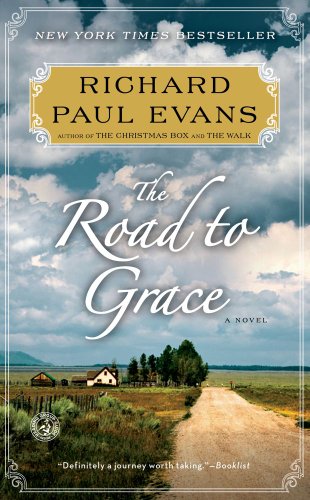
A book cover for The Road to Grace (The Walk); Richard Paul Evans; Romance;